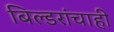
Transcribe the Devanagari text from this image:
बिल्डरांचाही